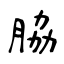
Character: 脇